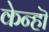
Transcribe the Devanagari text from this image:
केन्हॊ